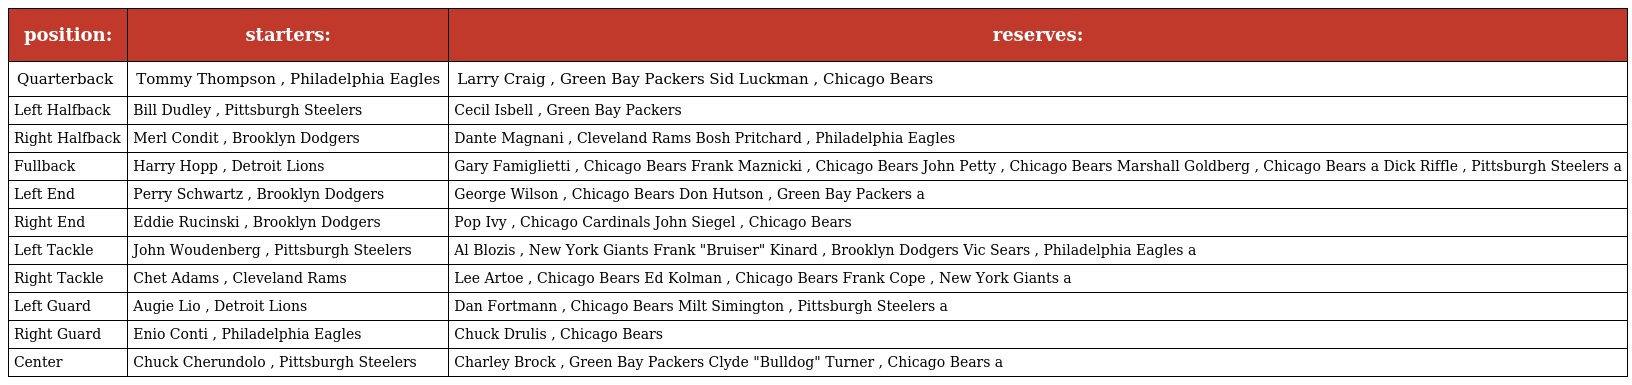
| position: | starters: | reserves: |
 | --- | --- | --- |
 | Quarterback | Tommy Thompson , Philadelphia Eagles | Larry Craig , Green Bay Packers Sid Luckman , Chicago Bears |
 | Left Halfback | Bill Dudley , Pittsburgh Steelers | Cecil Isbell , Green Bay Packers |
 | Right Halfback | Merl Condit , Brooklyn Dodgers | Dante Magnani , Cleveland Rams Bosh Pritchard , Philadelphia Eagles |
 | Fullback | Harry Hopp , Detroit Lions | Gary Famiglietti , Chicago Bears Frank Maznicki , Chicago Bears John Petty , Chicago Bears Marshall Goldberg , Chicago Bears a Dick Riffle , Pittsburgh Steelers a |
 | Left End | Perry Schwartz , Brooklyn Dodgers | George Wilson , Chicago Bears Don Hutson , Green Bay Packers a |
 | Right End | Eddie Rucinski , Brooklyn Dodgers | Pop Ivy , Chicago Cardinals John Siegel , Chicago Bears |
 | Left Tackle | John Woudenberg , Pittsburgh Steelers | Al Blozis , New York Giants Frank "Bruiser" Kinard , Brooklyn Dodgers Vic Sears , Philadelphia Eagles a |
 | Right Tackle | Chet Adams , Cleveland Rams | Lee Artoe , Chicago Bears Ed Kolman , Chicago Bears Frank Cope , New York Giants a |
 | Left Guard | Augie Lio , Detroit Lions | Dan Fortmann , Chicago Bears Milt Simington , Pittsburgh Steelers a |
 | Right Guard | Enio Conti , Philadelphia Eagles | Chuck Drulis , Chicago Bears |
 | Center | Chuck Cherundolo , Pittsburgh Steelers | Charley Brock , Green Bay Packers Clyde "Bulldog" Turner , Chicago Bears a |